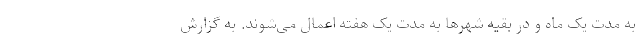
به مدت یک ماه و در بقیه شهرها به مدت یک هفته اعمال می‌شوند. به گزارش